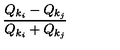
{ \frac { Q _ { k _ { i } } - Q _ { k _ { j } } } { Q _ { k _ { i } } + Q _ { k _ { j } } } }